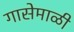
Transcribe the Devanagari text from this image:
गासेमाळी